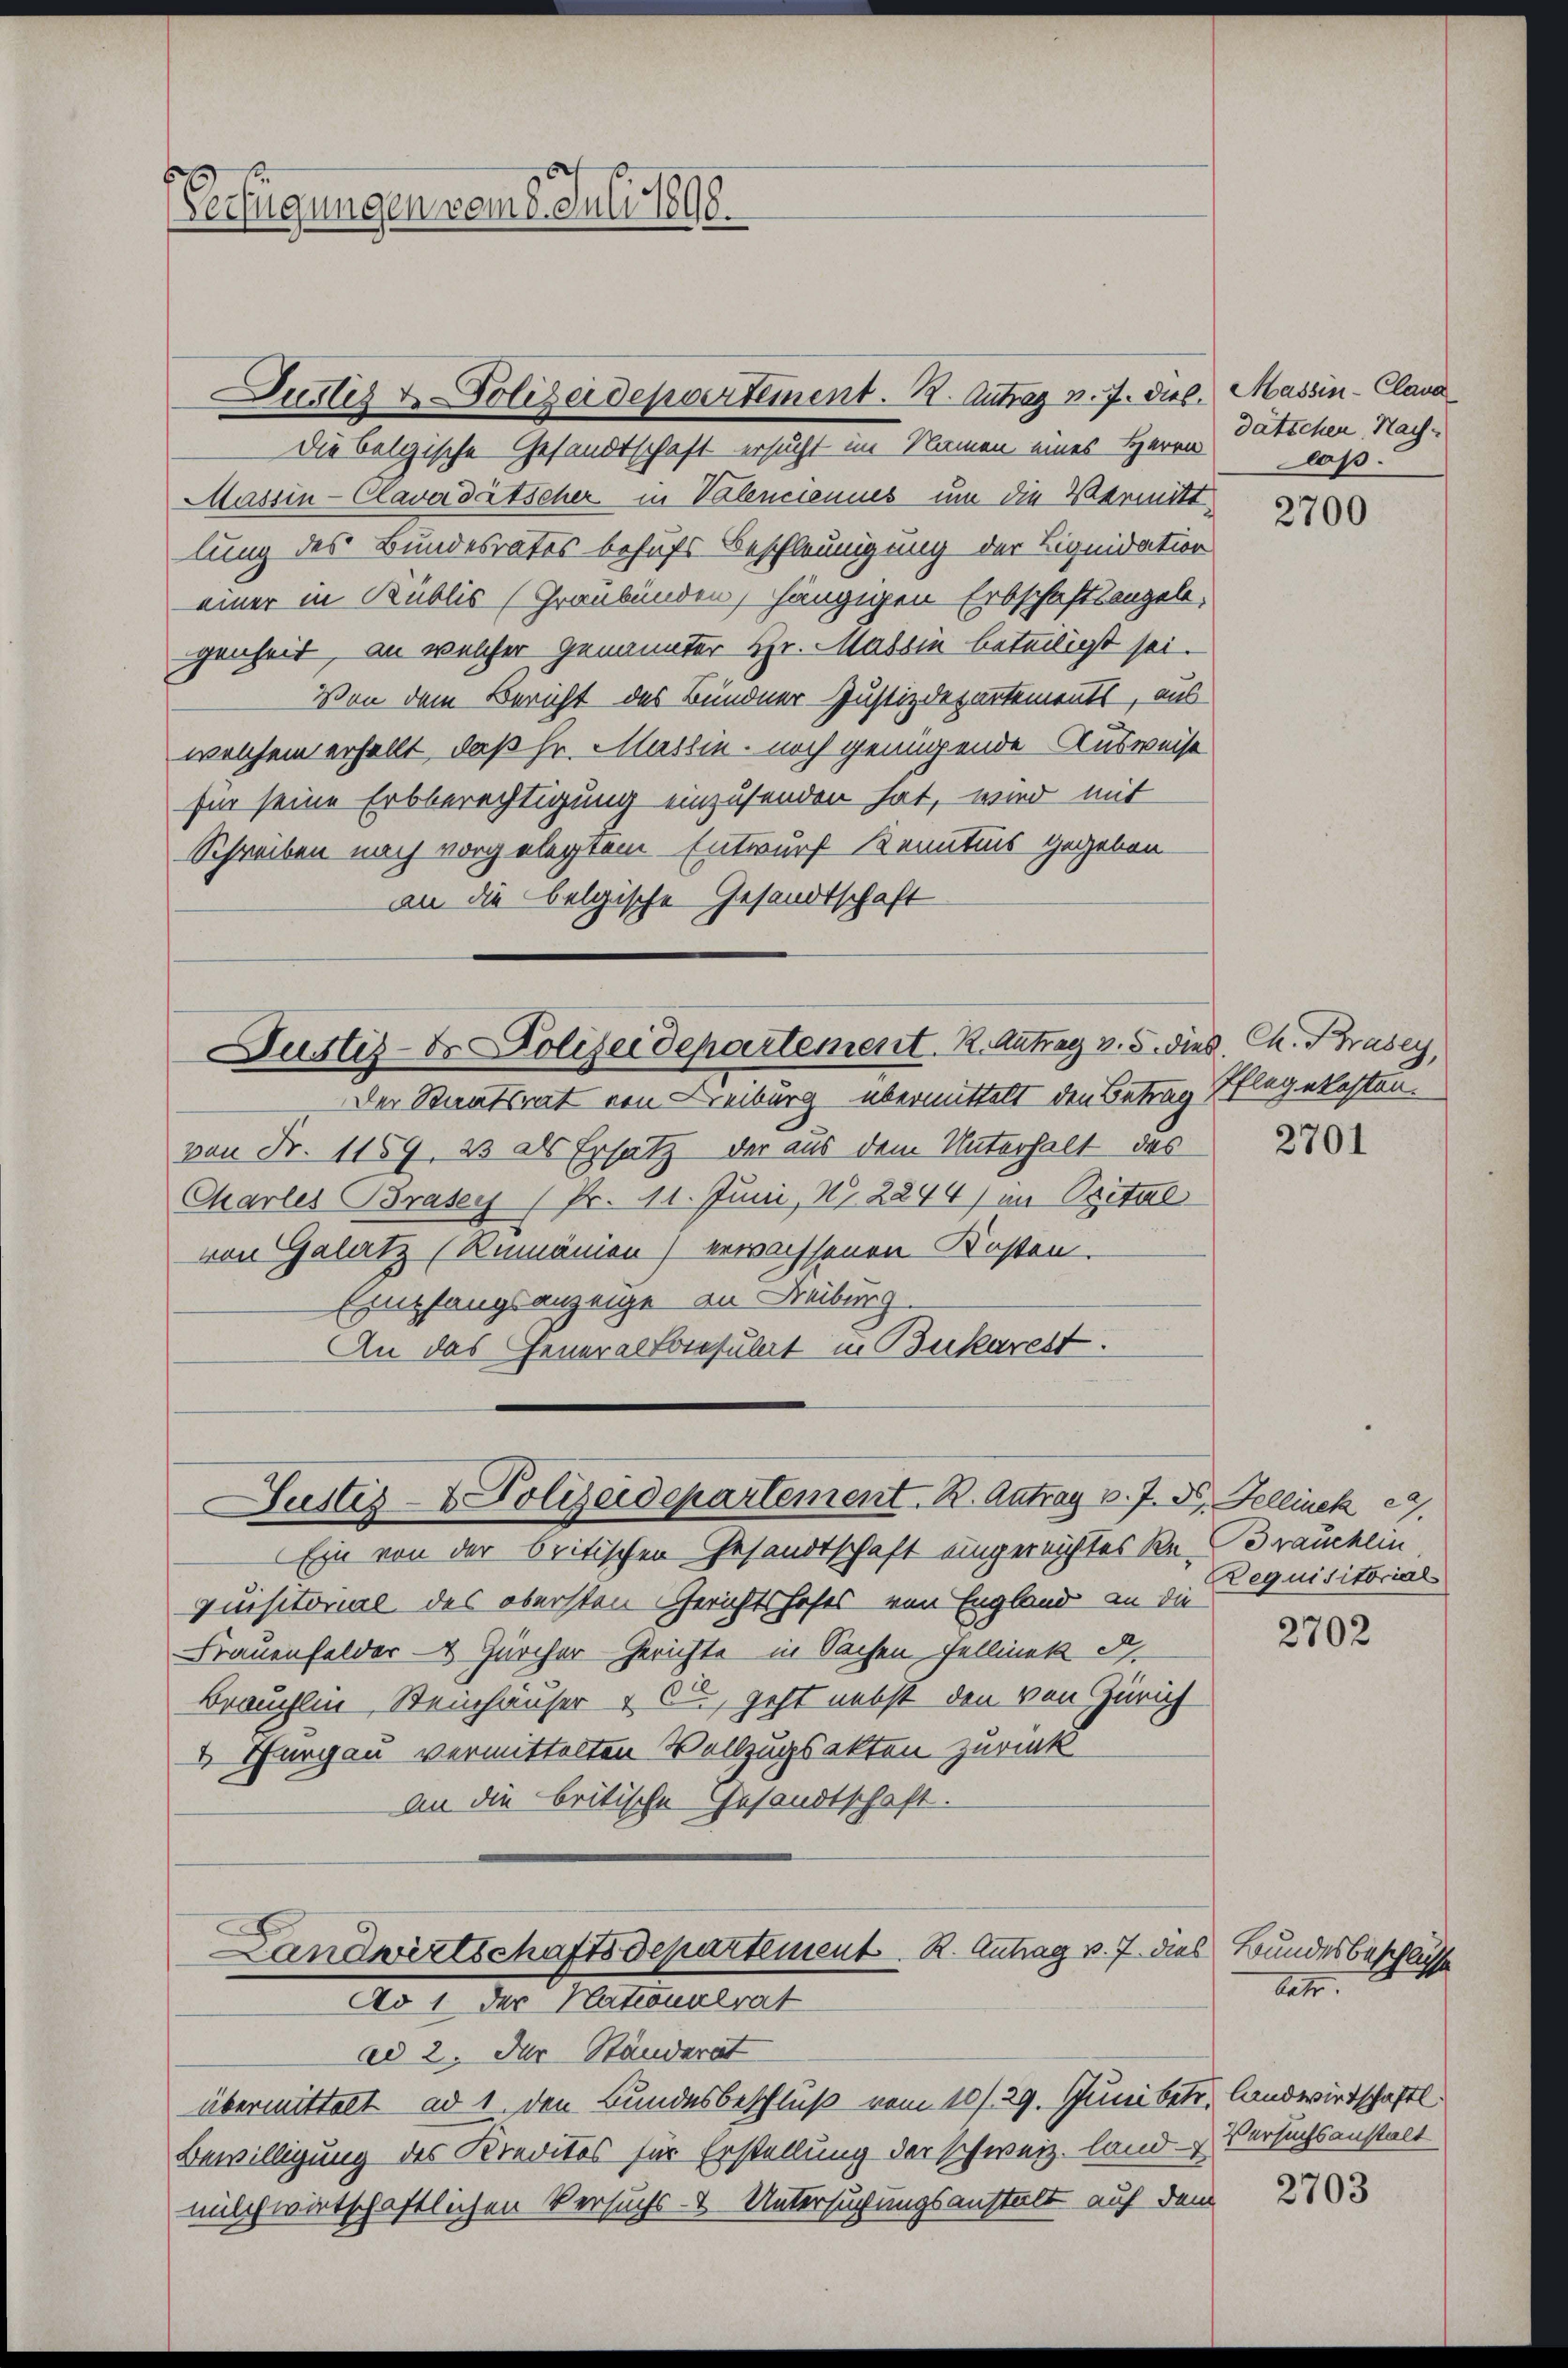
erfügungen vom 2. Juli 1898.

Massin-Claverdätscher in Valenciennes um die Vermitt
lung des Bundesrates behufs Beschleunigung der Liquidation
einer in Kublis (Graubünden, hängigen Erbschaftsanzele,
genheit, an welcher Genannter Hr. Massin beteiligt sei.
Von dem Bericht des Bündner Justizdepartements, aus
welchem erhellt, daß Hr. Massin - noch genügende Ausweise
für seine Erbberechtigung einzusenden hat, wird mit
Schreiben nach vorgelegtem Entwurf Kenntnis gegeben
an die belgische Gesandtschaft

Justiz & Polizeidepvertement. 12. Antrag v. J. dies. Massin-Clava

die belgische Gesandtschaft ersucht im Namen eines Herrn Patschen. Nach-

Justiz- & Polizeidepartement. K. Antrag v. 5. dieß Ch. Brasey,

Justiz- & Polizeidepartement. B. Antrag v. J. J. Fellinek 29.

Landwirtschaftsdepartement. K. Antrag v. 7. dies Bundesbeschlüsse
Ad 1 der Nationalrat

Der Staatsrat von Freiburg übermittelt den Betrag Pflegekosten.
von Fr. 1159, 23 als Ersatz der aus dem Unterhalt des
Charles Brasey (Pr. 11. Juni, No 2244) im Opitul
von Gelatz (Kumänien) erwachsenen Kosten.
Empfangsanzeige an Freiburg
An das General Consulat in Bukarest.

Ein von der britischen Gesandtschaft eingereichtes Re-Brauchein
quisitorial des obersten Gerichtshofes von England an die
Frauenfelder- & Zürcher-Gerichte in Sachen Fellinek d.
Brauchlin, Steinhäuser & Cie, geht nebst den von Zürich
& Thurgau vermittelten Vollzugsakten zurück
an die britische Gesandtschaft.

ad 2. Der Ständerat
übermittelt ad 1. den Bundesbeschluß vom 10. 29. Juni betr. Landwirtschaftl.
Bewilligung des Kreditos für Erstellung der schweiz. land Versuchsanstalt
wilchwirtschaftlichen Versuchs- & Untersuchungsanstalt auf dem

daß.

2700

2701

Dequisitorial

2702

let.

2703